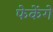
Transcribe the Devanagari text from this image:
फेकेंगे